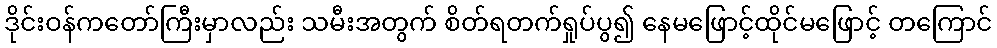
ဒိုင်းဝန်ကတော်ကြီးမှာလည်း သမီးအတွက် စိတ်ရတက်ရှုပ်ပွ၍ နေမဖြောင့်ထိုင်မဖြောင့် တကြောင်